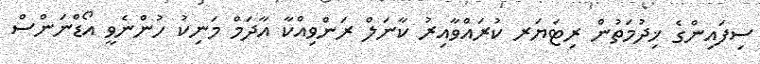
ސިފައިންގެ ޚިދުމަތުން ރިޓަޔަރ ކުރައްވާއިރު ކާނަލް ރަންވިއްކާ އާދަމް މަނިކު ހުންނެވީ އޯޑްނަންސް